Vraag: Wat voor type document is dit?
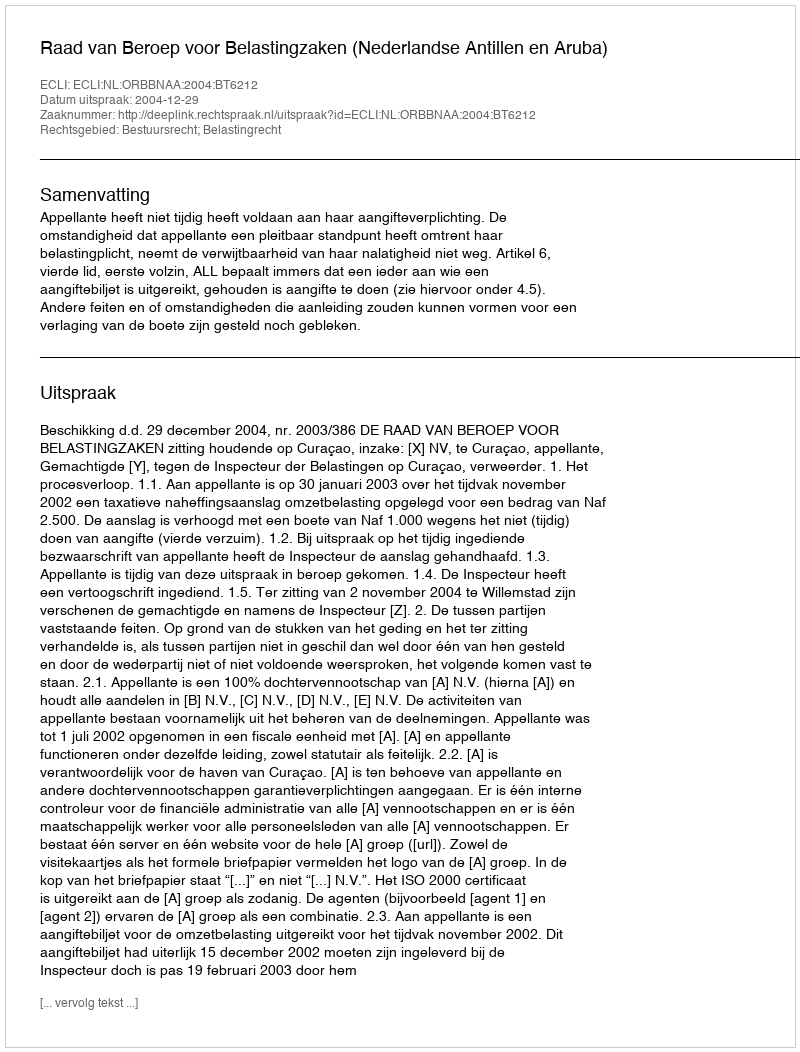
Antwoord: Uitspraak